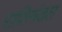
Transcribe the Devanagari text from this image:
राशिमंडल